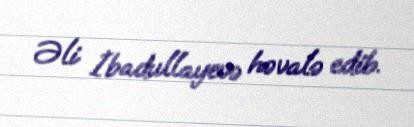
Əli İbadullayevə həvalə edib.